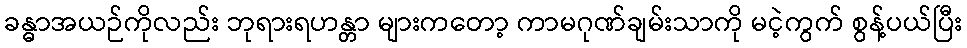
ခန္ဓာအယဉ်ကိုလည်း ဘုရားရဟန္တာ များကတော့ ကာမဂုဏ်ချမ်းသာကို မငဲ့ကွက် စွန့်ပယ်ပြီး